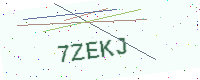
Text: 7ZEKJ